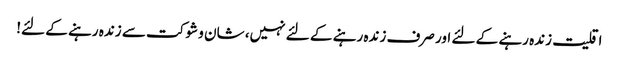
اقلیت زندہ رہنے کے لئے اور صرف زندہ رہنے کے لئے نہیں، شان و شوکت سے زندہ رہنے کے لئے!